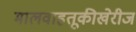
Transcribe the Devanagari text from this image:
मालवाहतूकीखेरीज